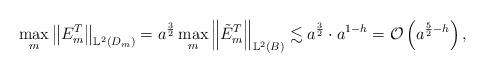
\begin{align*}\max_m \left\Vert E^T_m \right\Vert_{\mathbb{L}^{2}(D_m)}=a^{\frac{3}{2}}\max_m \left\Vert \tilde{E}^T_m \right\Vert_{\mathbb{L}^{2}(B)}\lesssim a^{\frac{3}{2}}\cdot a^{1-h}=\mathcal{O}\left(a^{\frac{5}{2}-h}\right),\end{align*}